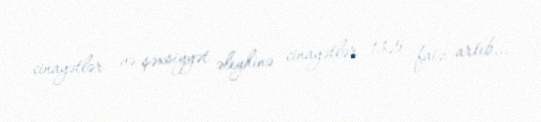
cinayətlər və şəxsiyyət əleyhinə cinayətlər 13,5 faiz artıb...